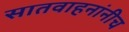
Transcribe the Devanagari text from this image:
सातवाहनांनीच